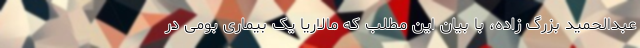
عبدالحمید بزرگ زاده، با بیان این مطلب که مالاریا یک بیماری بومی در